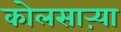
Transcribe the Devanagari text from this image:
कोलसाऱ्या